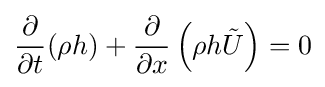
{\frac {\partial }{\partial t}}(\rho h)+{\frac {\partial }{\partial x}}\left(\rho h{\tilde {U}}\right)=0